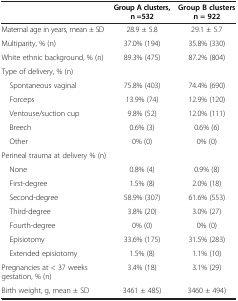
<table><thead><tr><td><b> </b></td><td><b>Group A clusters, n =532</b></td><td><b>Group B clusters n = 922</b></td></tr></thead><tbody><tr><td>Maternal age in years, mean ± SD</td><td>28.9 ± 5.8</td><td>29.1 ± 5.7</td></tr><tr><td>Multiparity, % (n)</td><td>37.0% (194)</td><td>35.8% (330)</td></tr><tr><td>White ethnic background, % (n)</td><td>89.3% (475)</td><td>87.2% (804)</td></tr><tr><td>Type of delivery, % (n)</td><td> </td><td> </td></tr><tr><td> Spontaneous vaginal</td><td>75.8% (403)</td><td>74.4% (690)</td></tr><tr><td> Forceps</td><td>13.9% (74)</td><td>12.9% (120)</td></tr><tr><td> Ventouse/suction cup</td><td>9.8% (52)</td><td>12.0% (111)</td></tr><tr><td> Breech</td><td>0.6% (3)</td><td>0.6% (6)</td></tr><tr><td> Other</td><td>0% (0)</td><td>0% (0)</td></tr><tr><td>Perineal trauma at delivery % (n)</td><td> </td><td> </td></tr><tr><td> None</td><td>0.8% (4)</td><td>0.9% (8)</td></tr><tr><td> First-degree</td><td>1.5% (8)</td><td>2.0% (18)</td></tr><tr><td> Second-degree</td><td>58.9% (307)</td><td>61.6% (553)</td></tr><tr><td> Third-degree</td><td>3.8% (20)</td><td>3.0% (27)</td></tr><tr><td> Fourth-degree</td><td>0% (0)</td><td>0% (0)</td></tr><tr><td> Episiotomy</td><td>33.6% (175)</td><td>31.5% (283)</td></tr><tr><td> Extended episiotomy</td><td>1.5% (8)</td><td>1.1% (10)</td></tr><tr><td>Pregnancies at &lt; 37 weeks gestation, % (n)</td><td>3.4% (18)</td><td>3.1% (29)</td></tr><tr><td>Birth weight, g, mean ± SD</td><td>3461 ± 485)</td><td>3460 ± 494)</td></tr></tbody></table>